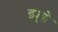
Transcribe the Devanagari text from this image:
ड्यूशे